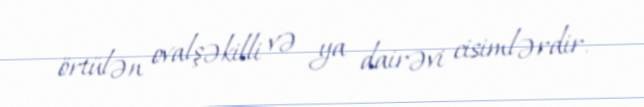
örtülən ovalşəkilli və ya dairəvi cisimlərdir.